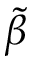
\tilde { \beta }